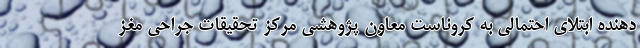
دهنده ابتلای احتمالی به کروناست معاون پژوهشی مرکز تحقیقات جراحی مغز